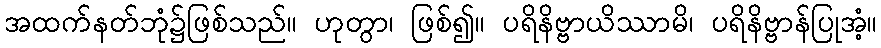
အထက်နတ်ဘုံ၌ဖြစ်သည်။ ဟုတွာ၊ ဖြစ်၍။ ပရိနိဗ္ဗာယိဿာမိ၊ ပရိနိဗ္ဗာန်ပြုအံ့။